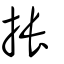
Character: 掁